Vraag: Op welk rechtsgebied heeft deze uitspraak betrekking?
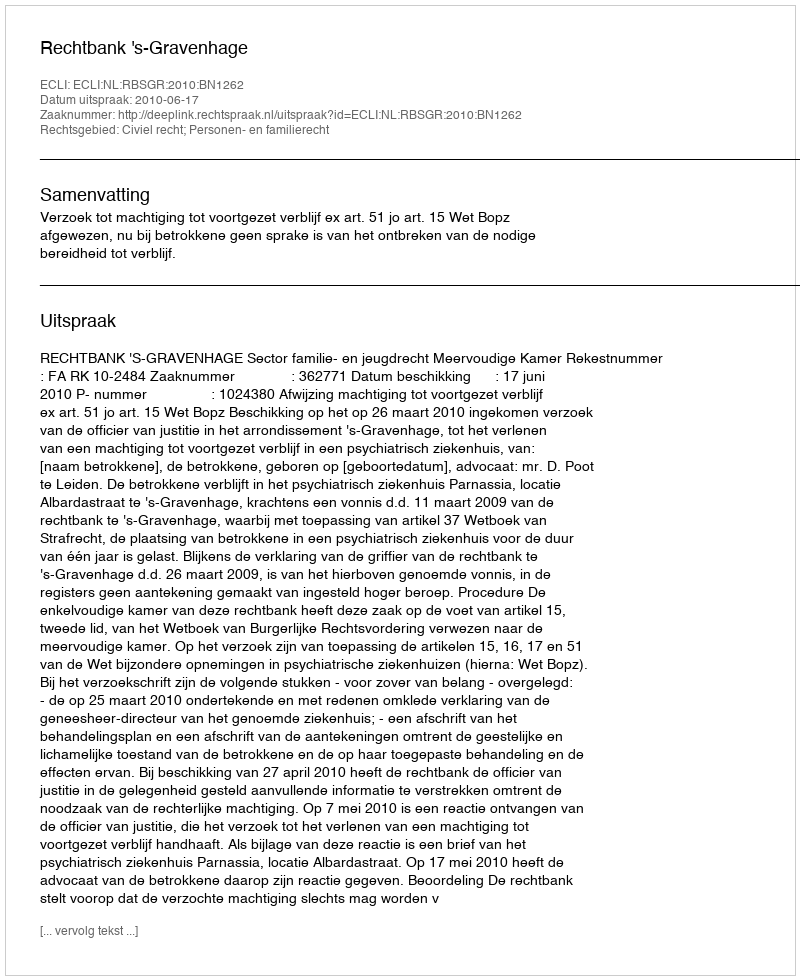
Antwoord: Civiel recht; Personen- en familierecht